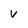
Character: v